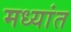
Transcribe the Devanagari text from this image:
मध्यांत